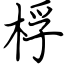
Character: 桴